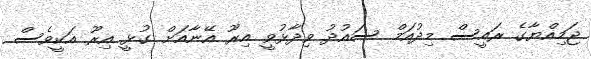
ޖަމިއްޔާގެ ރައީސް މިދުއަމް ސައުދު ވިދާޅުވީ އިރޫ އޭނާއަށް ގުޅީ އިރޫ އަކީވެސް